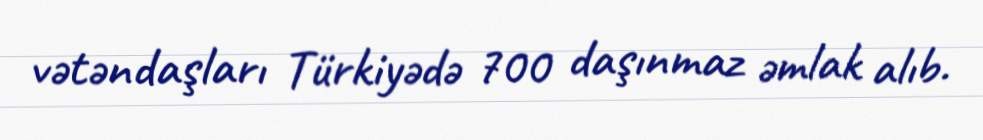
vətəndaşları Türkiyədə 700 daşınmaz əmlak alıb.